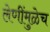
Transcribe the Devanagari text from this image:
लेणींमुळेच